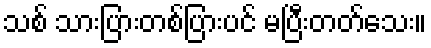
သစ် သားပြားတစ်ပြားပင် မပြီးတတ်သေး။